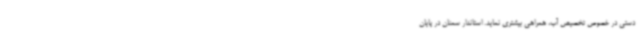
دستی در خصوص تخصیص آب، همراهی بیشتری نماید. استاندار سمنان در پایان